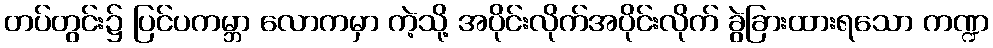
တပ်တွင်း၌ ပြင်ပကမ္ဘာ လောကမှာ ကဲ့သို့ အပိုင်းလိုက်အပိုင်းလိုက် ခွဲခြားထားရသော ကဏ္ဍ